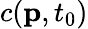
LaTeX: c(\textbf{p},t_{0})